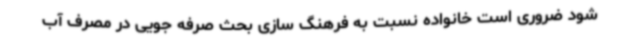
شود ضروری است خانواده نسبت به فرهنگ سازی بحث صرفه جویی در مصرف آب